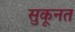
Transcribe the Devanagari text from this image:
सुकूनत